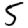
Digit: 5